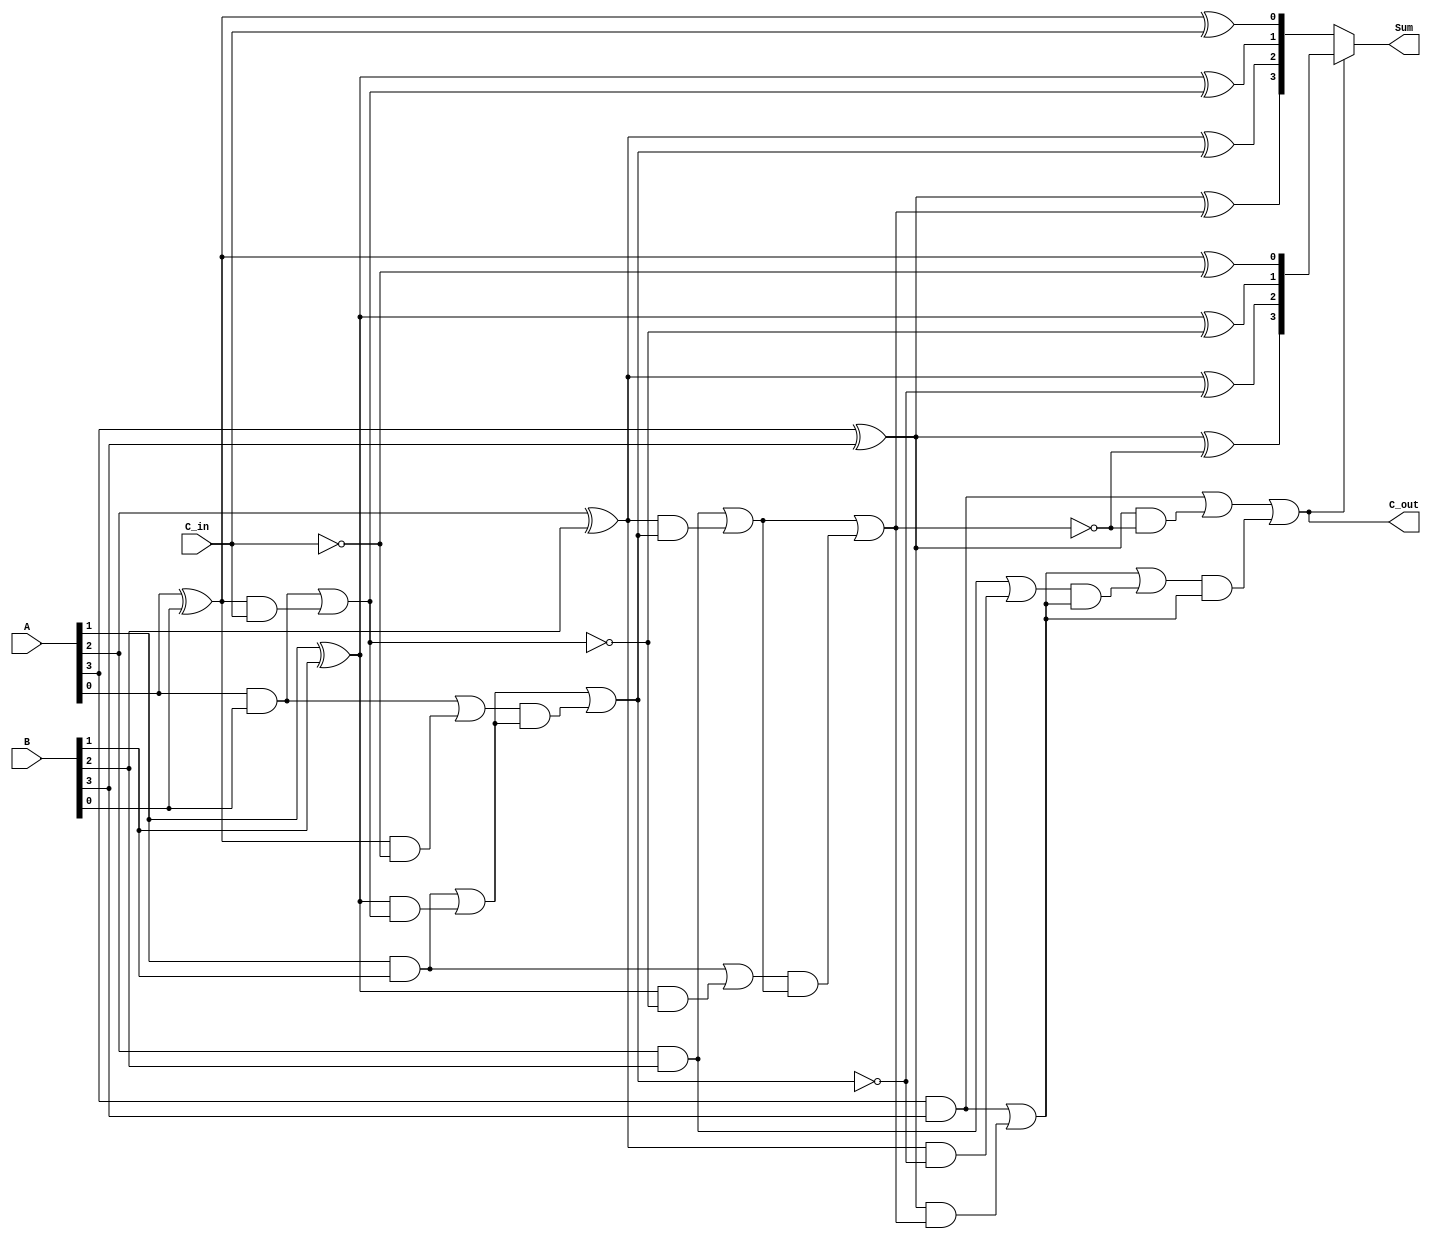
module conditional_sum_adder (
    input [3:0] A,        // 4-bit input A
    input [3:0] B,        // 4-bit input B
    input C_in,           // Carry-in
    output [3:0] Sum,     // 4-bit Sum output
    output C_out          // Carry-out
);

    wire [3:0] S0;       // Sum if carry-in is 0
    wire [3:0] S1;       // Sum if carry-in is 1
    wire [3:0] C0;       // Carry-out if carry-in is 0
    wire [3:0] C1;       // Carry-out if carry-in is 1
    wire [3:0] C;        // Final carry selection

    // Generate sums and carry-outs for each bit
    genvar i;
    generate
        for (i = 0; i < 4; i = i + 1) begin : CSA_BIT
            // Sum calculations
            assign S0[i] = A[i] ^ B[i] ^ (i == 0 ? C_in : C[i-1]);
            assign S1[i] = A[i] ^ B[i] ^ (~(i == 0 ? C_in : C[i-1]));

            // Carry calculations
            assign C0[i] = (A[i] & B[i]) | ((A[i] ^ B[i]) & (i == 0 ? C_in : C[i-1]));
            assign C1[i] = (A[i] & B[i]) | ((A[i] ^ B[i]) & (~(i == 0 ? C_in : C[i-1])));
        end
    endgenerate

    // Carry propagation
    assign C[0] = C0[0];
    generate
        for (i = 1; i < 4; i = i + 1) begin : CARRY_PROPAGATION
            assign C[i] = C0[i] | (C1[i-1] & C0[i]);
        end
    endgenerate

    // Final carry-out selection
    assign C_out = C1[3] | (C[3] & C0[3]);

    // Final sum selection based on the last carry
    assign Sum = C_out ? S1 : S0;

endmodule